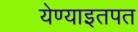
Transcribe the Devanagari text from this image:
येण्याइतपत